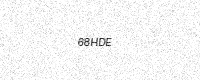
Text: 68HDE